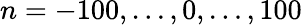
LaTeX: n=-100,\ldots,0,\ldots,100